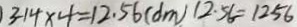
3 . 1 4 \times 4 = 1 2 . 5 6 ( d m ) 1 2 . 5 6 = 1 2 5 6